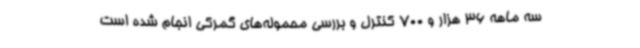
سه ماهه 36 هزار و 700 کنترل و بررسی محموله‌های گمرکی انجام شده است